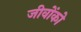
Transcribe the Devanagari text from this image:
जीवोंको